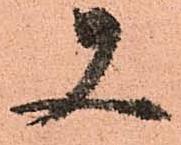
又